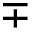
\mp